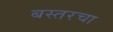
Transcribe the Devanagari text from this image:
बस्तरचा